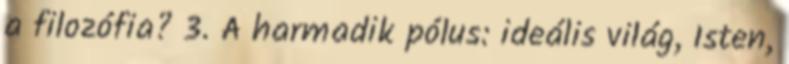
a filozófia? 3. A harmadik pólus: ideális világ, Isten,